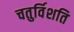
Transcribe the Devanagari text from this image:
चतुर्विशति